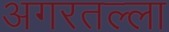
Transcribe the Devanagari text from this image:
अगरतल्ला